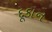
દૂકાન